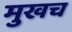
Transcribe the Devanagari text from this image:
मुखच